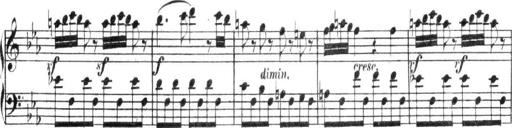
Title: Collected Piano Sonatas
Composer: Muzio Clementi